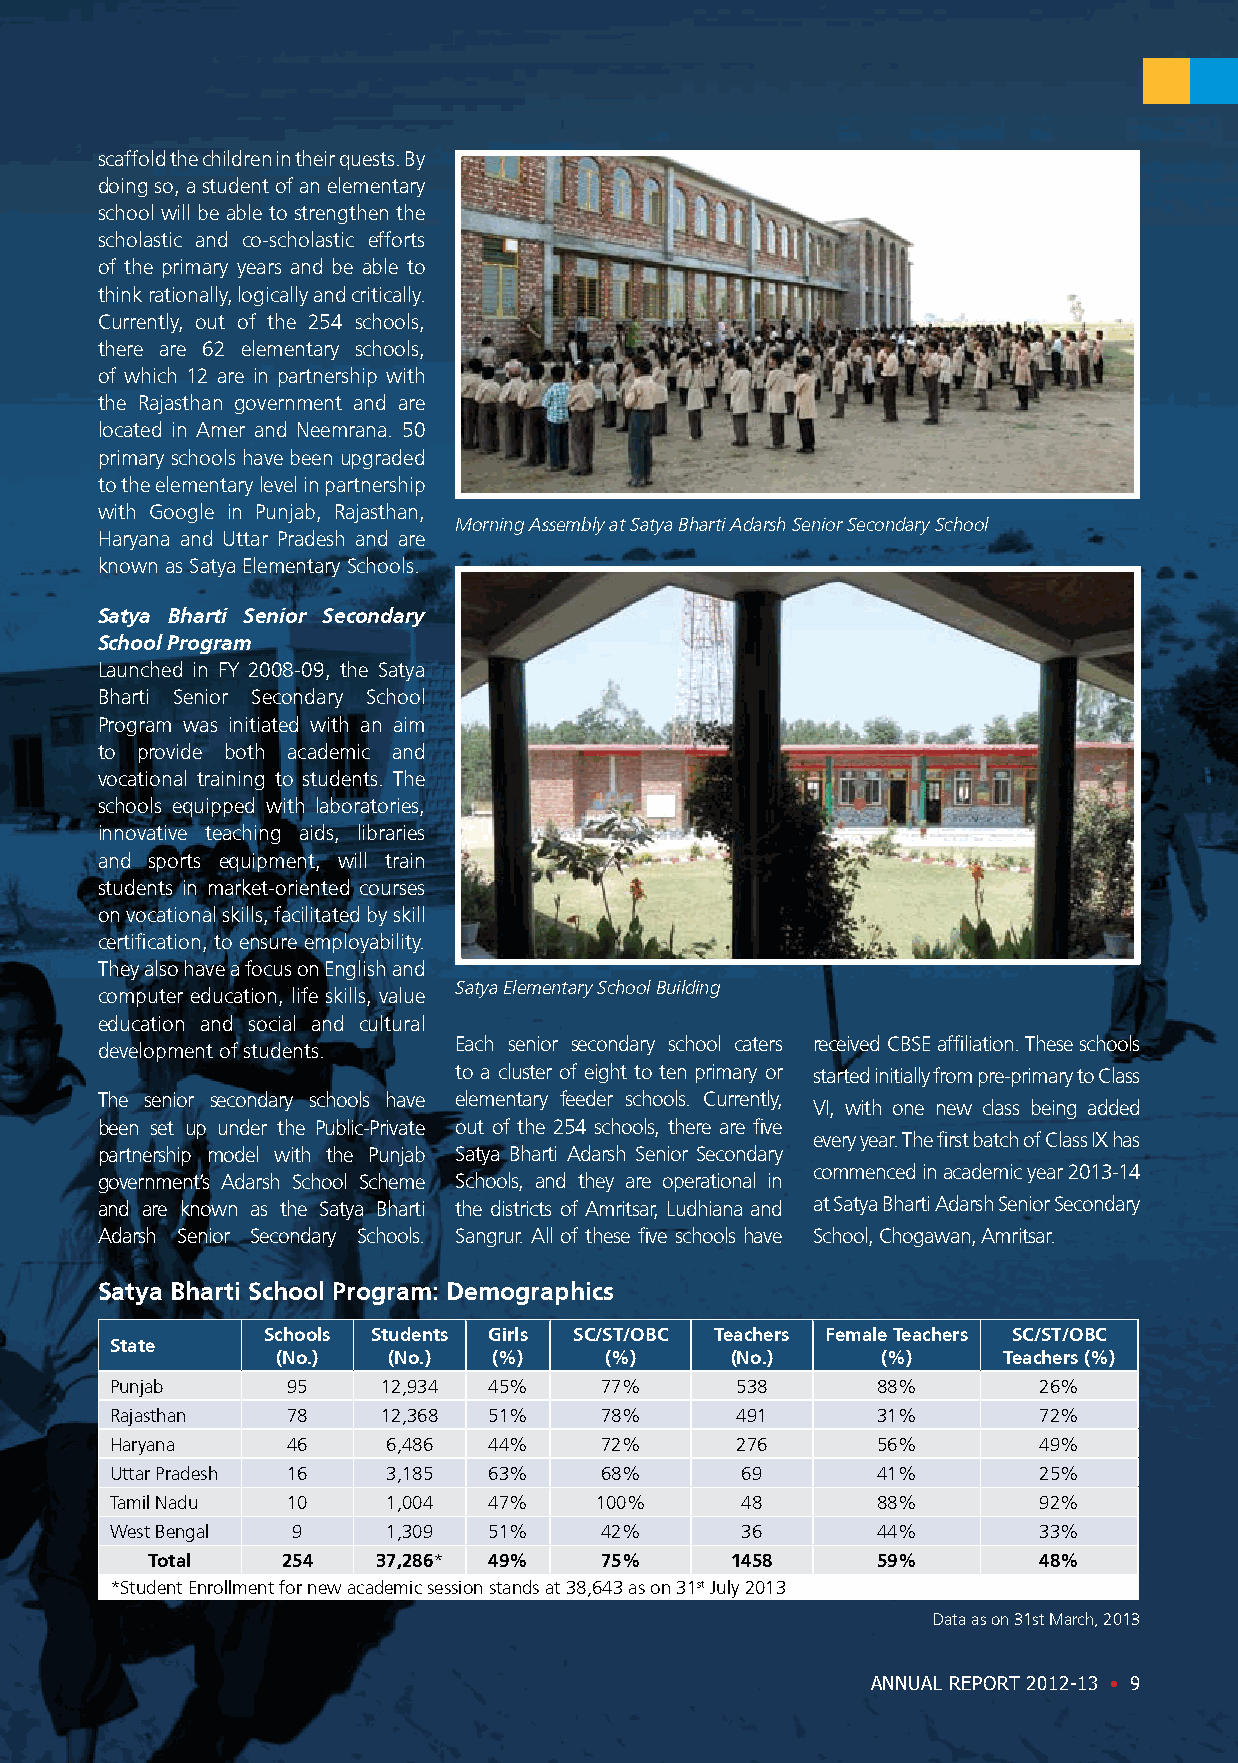
scaffold the children in their quests. By
 doing so, a student of an elementary
 school will be able to strengthen the
 scholastic and co-scholastic efforts
 of the primary years and be able to
 think rationally, logically and critically.
 Currently, out of the 254 schools,
 there are 62 elementary schools,
 of which 12 are in partnership with
 the Rajasthan government and are
 located in Amer and Neemrana. 50
 primary schools have been upgraded
 to the elementary level in partnership
 with Google in Punjab, Rajasthan,
 Morning Assembly at Satya Bharti Adarsh Senior Secondary School
 Haryana and Uttar Pradesh and are
 known as Satya Elementary Schools.
 Satya Bharti Senior Secondary
 School Program
 Launched in FY 2008-09, the Satya
 Bharti Senior Secondary School
 Program was initiated with an aim
 to provide both academic and
 vocational training to students. The
 schools equipped with laboratories,
 innovative teaching aids, libraries
 and sports equipment, will train
 students in market-oriented courses
 on vocational skills, facilitated by skill
 certification, to ensure employability.
 They also have a focus on English and
 Satya Elementary School Building
 computer education, life skills, value
 education and social and cultural
 Each senior secondary school caters received CBSE affiliation. These schools
 development of students.
 to a cluster of eight to ten primary or started initially from pre-primary to Class
 The senior secondary schools have elementary feeder schools. Currently,
 VI, with one new class being added
 been set up under the Public-Private out of the 254 schools, there are five
 every year. The first batch of Class IX has
 partnership model with the Punjab Satya Bharti Adarsh Senior Secondary
 commenced in academic year 2013-14
 government’s Adarsh School Scheme Schools, and they are operational in
 and are known as the Satya Bharti the districts of Amritsar, Ludhiana and at Satya Bharti Adarsh Senior Secondary
 Adarsh Senior Secondary Schools. Sangrur. All of these five schools have School, Chogawan, Amritsar.
 Satya Bharti School Program: Demographics
 Schools Students Girls SC/ST/OBC Teachers Female Teachers SC/ST/OBC
 State
 (No.)   (No.)  (%)    (%)     (No.)     (%)     Teachers (%)
 Punjab      95    12,934 45%     77%      538      88%        26%
 Rajasthan   78    12,368 51%     78%      491      31%        72%
 Haryana     46     6,486 44%     72%      276      56%        49%
 Uttar Pradesh 16   3,185 63%     68%      69       41%        25%
 Tamil Nadu  10     1,004 47%    100%      48       88%        92%
 West Bengal 9      1,309 51%     42%      36       44%        33%
 Total    254   37,286* 49%    75%     1458      59%        48%
 *Student Enrollment for new academic session stands at 38,643 as on 31st July 2013
 Data as on 31st March, 2013
 ANNUAL REPORT 2012-13 • 9